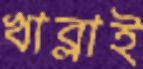
খাব্‌লাই